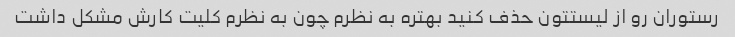
رستوران رو از لیستتون حذف کنید بهتره به نظرم چون به نظرم کلیت کارش مشکل داشت